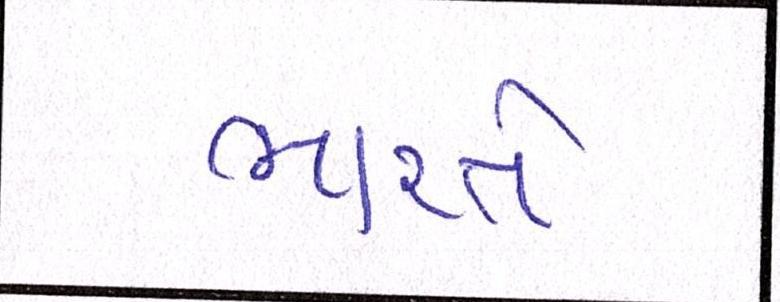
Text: ભારતે